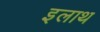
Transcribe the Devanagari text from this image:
इलाथ